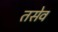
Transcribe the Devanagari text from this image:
तसेव